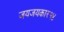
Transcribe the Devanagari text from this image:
जयजयकार१४